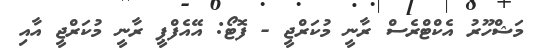
މަޝްހޫރު އެކްޓްރެެސް ރާނީ މުކަރްޖީ - ފޮޓޯ: އޭއެފްޕީ ރާނީ މުކަރްޖީ އާއި